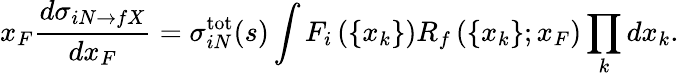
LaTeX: x_{F}\frac{d\sigma_{iN\rightarrow fX}}{dx_{F}}=\sigma_{iN}^{\mathrm{tot}}(s)\int F_{i}\left(\{ x_{k}\} \right)R_{f}\left(\{ x_{k}\} ;x_{F}\right)\prod_{k}dx_{k}.